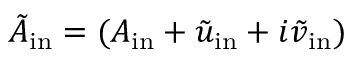
\tilde { A } _ { \mathrm { i n } } = ( A _ { \mathrm { i n } } + \tilde { u } _ { \mathrm { i n } } + i \tilde { v } _ { \mathrm { i n } } )